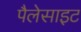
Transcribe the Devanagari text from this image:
पैलेसाइट